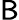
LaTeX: \mathsf{B}